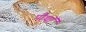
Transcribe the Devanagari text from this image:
पीथॉ